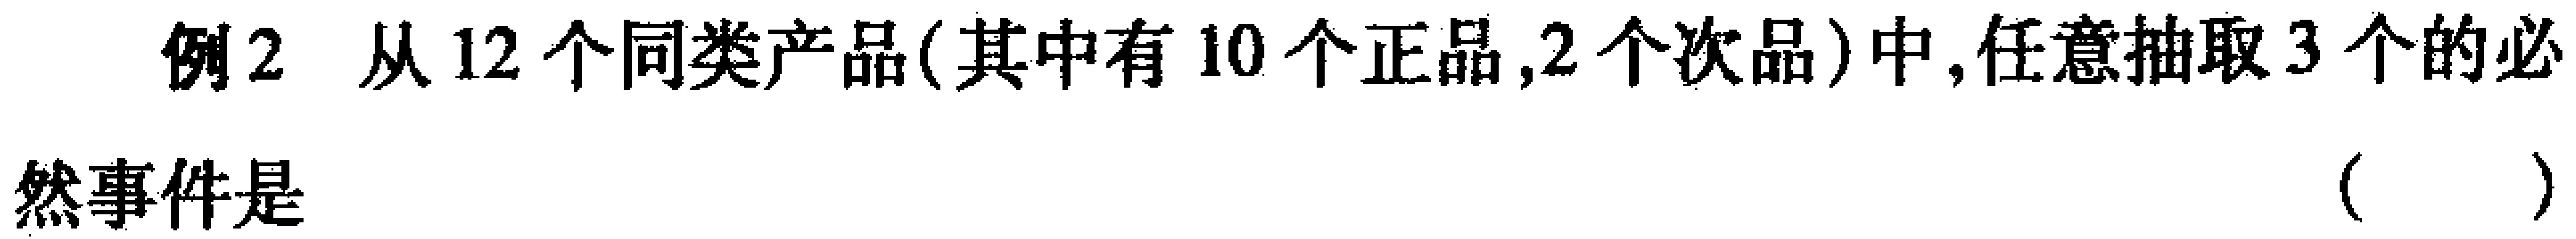
例2 从12个同类产品(其中有10个正品,2个次品)中,任意抽取3个的必

然事件是 （ ）